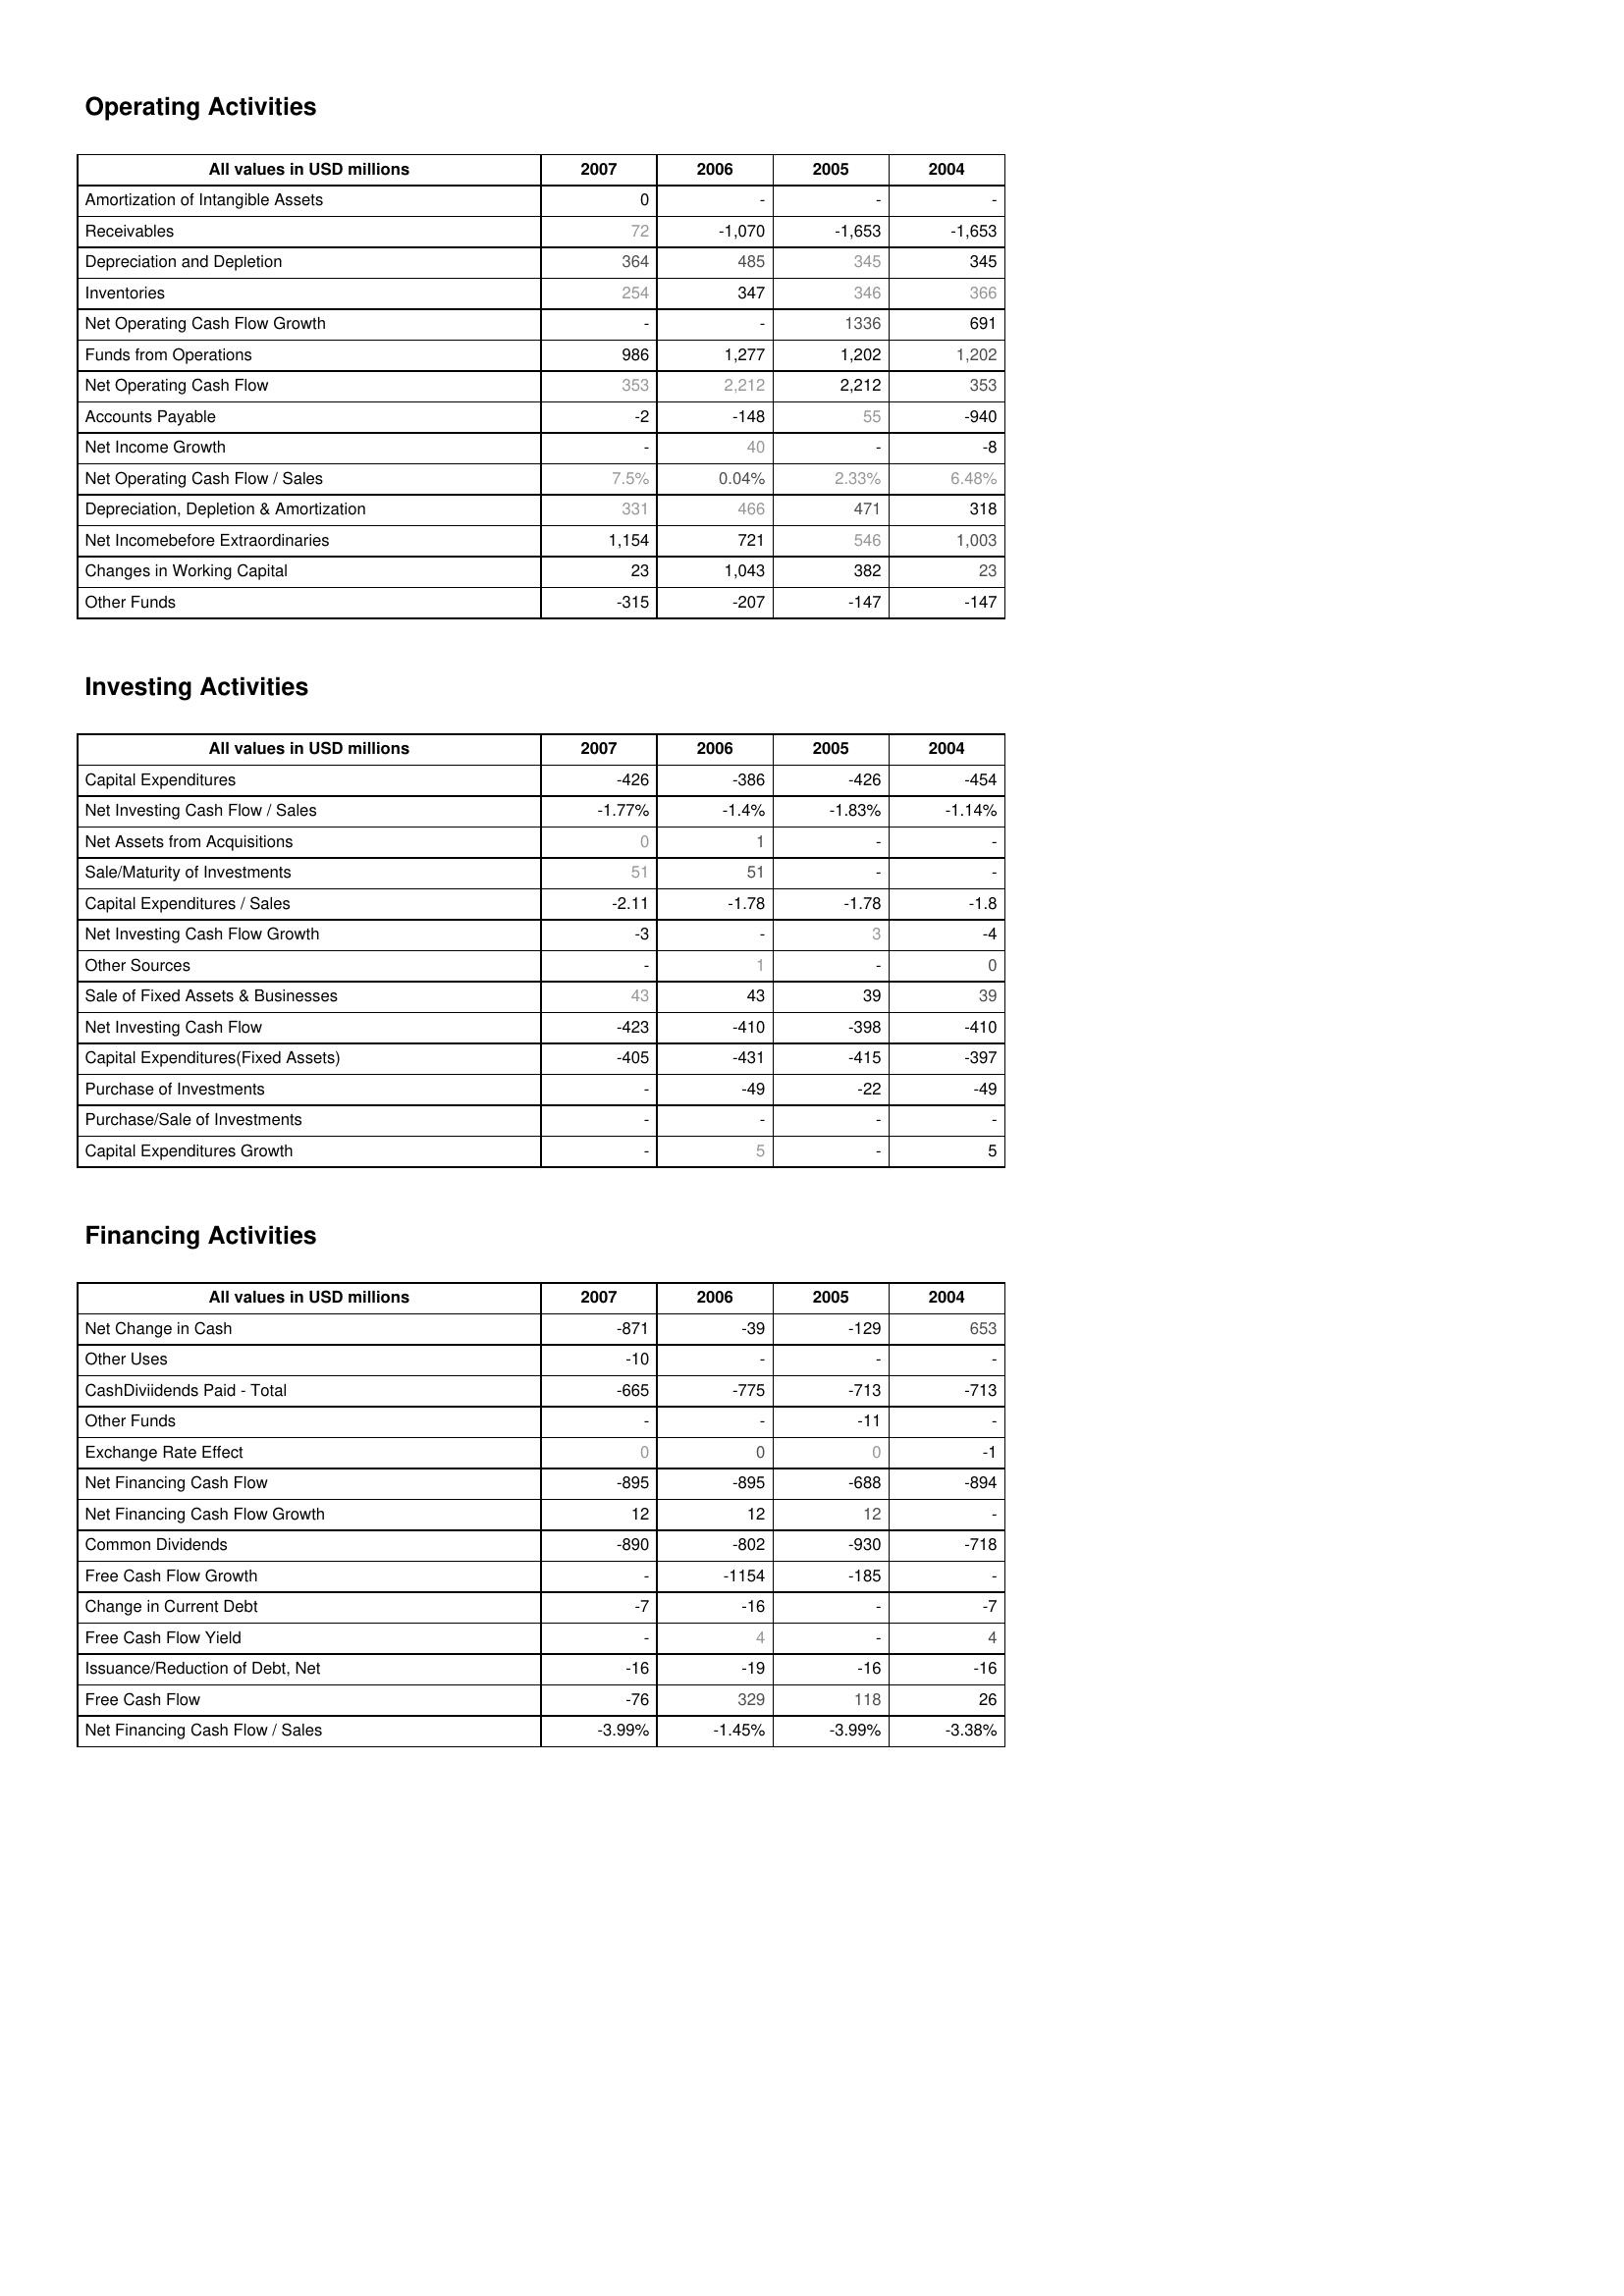
2007: Operating Activities: Amortization of Intangible Assets: 0
Receivables: 72
Depreciation and Depletion: 364
Inventories: 254
Net Operating Cash Flow Growth: -
Funds from Operations: 986
Net Operating Cash Flow: 353
Accounts Payable: -2
Net Income Growth: -
Net Operating Cash Flow / Sales: 7.5%
Depreciation, Depletion & Amortization: 331
Net Incomebefore Extraordinaries: 1,154
Changes in Working Capital: 23
Other Funds: -315
Investing Activities: Capital Expenditures: -426
Net Investing Cash Flow / Sales: -1.77%
Net Assets from Acquisitions: 0
Sale/Maturity of Investments: 51
Capital Expenditures / Sales: -2.11
Net Investing Cash Flow Growth: -3
Other Sources: -
Sale of Fixed Assets & Businesses: 43
Net Investing Cash Flow: -423
Capital Expenditures(Fixed Assets): -405
Purchase of Investments: -
Purchase/Sale of Investments: -
Capital Expenditures Growth: -
Financing Activities: Net Change in Cash: -871
Other Uses: -10
CashDiviidends Paid - Total: -665
Other Funds: -
Exchange Rate Effect: 0
Net Financing Cash Flow: -895
Net Financing Cash Flow Growth: 12
Common Dividends: -890
Free Cash Flow Growth: -
Change in Current Debt: -7
Free Cash Flow Yield: -
Issuance/Reduction of Debt, Net: -16
Free Cash Flow: -76
Net Financing Cash Flow / Sales: -3.99%
2006: Operating Activities: Amortization of Intangible Assets: -
Receivables: -1,070
Depreciation and Depletion: 485
Inventories: 347
Net Operating Cash Flow Growth: -
Funds from Operations: 1,277
Net Operating Cash Flow: 2,212
Accounts Payable: -148
Net Income Growth: 40
Net Operating Cash Flow / Sales: 0.04%
Depreciation, Depletion & Amortization: 466
Net Incomebefore Extraordinaries: 721
Changes in Working Capital: 1,043
Other Funds: -207
Investing Activities: Capital Expenditures: -386
Net Investing Cash Flow / Sales: -1.4%
Net Assets from Acquisitions: 1
Sale/Maturity of Investments: 51
Capital Expenditures / Sales: -1.78
Net Investing Cash Flow Growth: -
Other Sources: 1
Sale of Fixed Assets & Businesses: 43
Net Investing Cash Flow: -410
Capital Expenditures(Fixed Assets): -431
Purchase of Investments: -49
Purchase/Sale of Investments: -
Capital Expenditures Growth: 5
Financing Activities: Net Change in Cash: -39
Other Uses: -
CashDiviidends Paid - Total: -775
Other Funds: -
Exchange Rate Effect: 0
Net Financing Cash Flow: -895
Net Financing Cash Flow Growth: 12
Common Dividends: -802
Free Cash Flow Growth: -1154
Change in Current Debt: -16
Free Cash Flow Yield: 4
Issuance/Reduction of Debt, Net: -19
Free Cash Flow: 329
Net Financing Cash Flow / Sales: -1.45%
2005: Operating Activities: Amortization of Intangible Assets: -
Receivables: -1,653
Depreciation and Depletion: 345
Inventories: 346
Net Operating Cash Flow Growth: 1336
Funds from Operations: 1,202
Net Operating Cash Flow: 2,212
Accounts Payable: 55
Net Income Growth: -
Net Operating Cash Flow / Sales: 2.33%
Depreciation, Depletion & Amortization: 471
Net Incomebefore Extraordinaries: 546
Changes in Working Capital: 382
Other Funds: -147
Investing Activities: Capital Expenditures: -426
Net Investing Cash Flow / Sales: -1.83%
Net Assets from Acquisitions: -
Sale/Maturity of Investments: -
Capital Expenditures / Sales: -1.78
Net Investing Cash Flow Growth: 3
Other Sources: -
Sale of Fixed Assets & Businesses: 39
Net Investing Cash Flow: -398
Capital Expenditures(Fixed Assets): -415
Purchase of Investments: -22
Purchase/Sale of Investments: -
Capital Expenditures Growth: -
Financing Activities: Net Change in Cash: -129
Other Uses: -
CashDiviidends Paid - Total: -713
Other Funds: -11
Exchange Rate Effect: 0
Net Financing Cash Flow: -688
Net Financing Cash Flow Growth: 12
Common Dividends: -930
Free Cash Flow Growth: -185
Change in Current Debt: -
Free Cash Flow Yield: -
Issuance/Reduction of Debt, Net: -16
Free Cash Flow: 118
Net Financing Cash Flow / Sales: -3.99%
2004: Operating Activities: Amortization of Intangible Assets: -
Receivables: -1,653
Depreciation and Depletion: 345
Inventories: 366
Net Operating Cash Flow Growth: 691
Funds from Operations: 1,202
Net Operating Cash Flow: 353
Accounts Payable: -940
Net Income Growth: -8
Net Operating Cash Flow / Sales: 6.48%
Depreciation, Depletion & Amortization: 318
Net Incomebefore Extraordinaries: 1,003
Changes in Working Capital: 23
Other Funds: -147
Investing Activities: Capital Expenditures: -454
Net Investing Cash Flow / Sales: -1.14%
Net Assets from Acquisitions: -
Sale/Maturity of Investments: -
Capital Expenditures / Sales: -1.8
Net Investing Cash Flow Growth: -4
Other Sources: 0
Sale of Fixed Assets & Businesses: 39
Net Investing Cash Flow: -410
Capital Expenditures(Fixed Assets): -397
Purchase of Investments: -49
Purchase/Sale of Investments: -
Capital Expenditures Growth: 5
Financing Activities: Net Change in Cash: 653
Other Uses: -
CashDiviidends Paid - Total: -713
Other Funds: -
Exchange Rate Effect: -1
Net Financing Cash Flow: -894
Net Financing Cash Flow Growth: -
Common Dividends: -718
Free Cash Flow Growth: -
Change in Current Debt: -7
Free Cash Flow Yield: 4
Issuance/Reduction of Debt, Net: -16
Free Cash Flow: 26
Net Financing Cash Flow / Sales: -3.38%